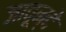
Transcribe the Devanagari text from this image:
जावून्दे